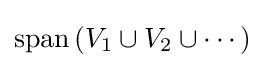
\operatorname {span} \left(V_{1}\cup V_{2}\cup \cdots \right)